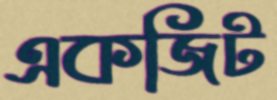
একজিট